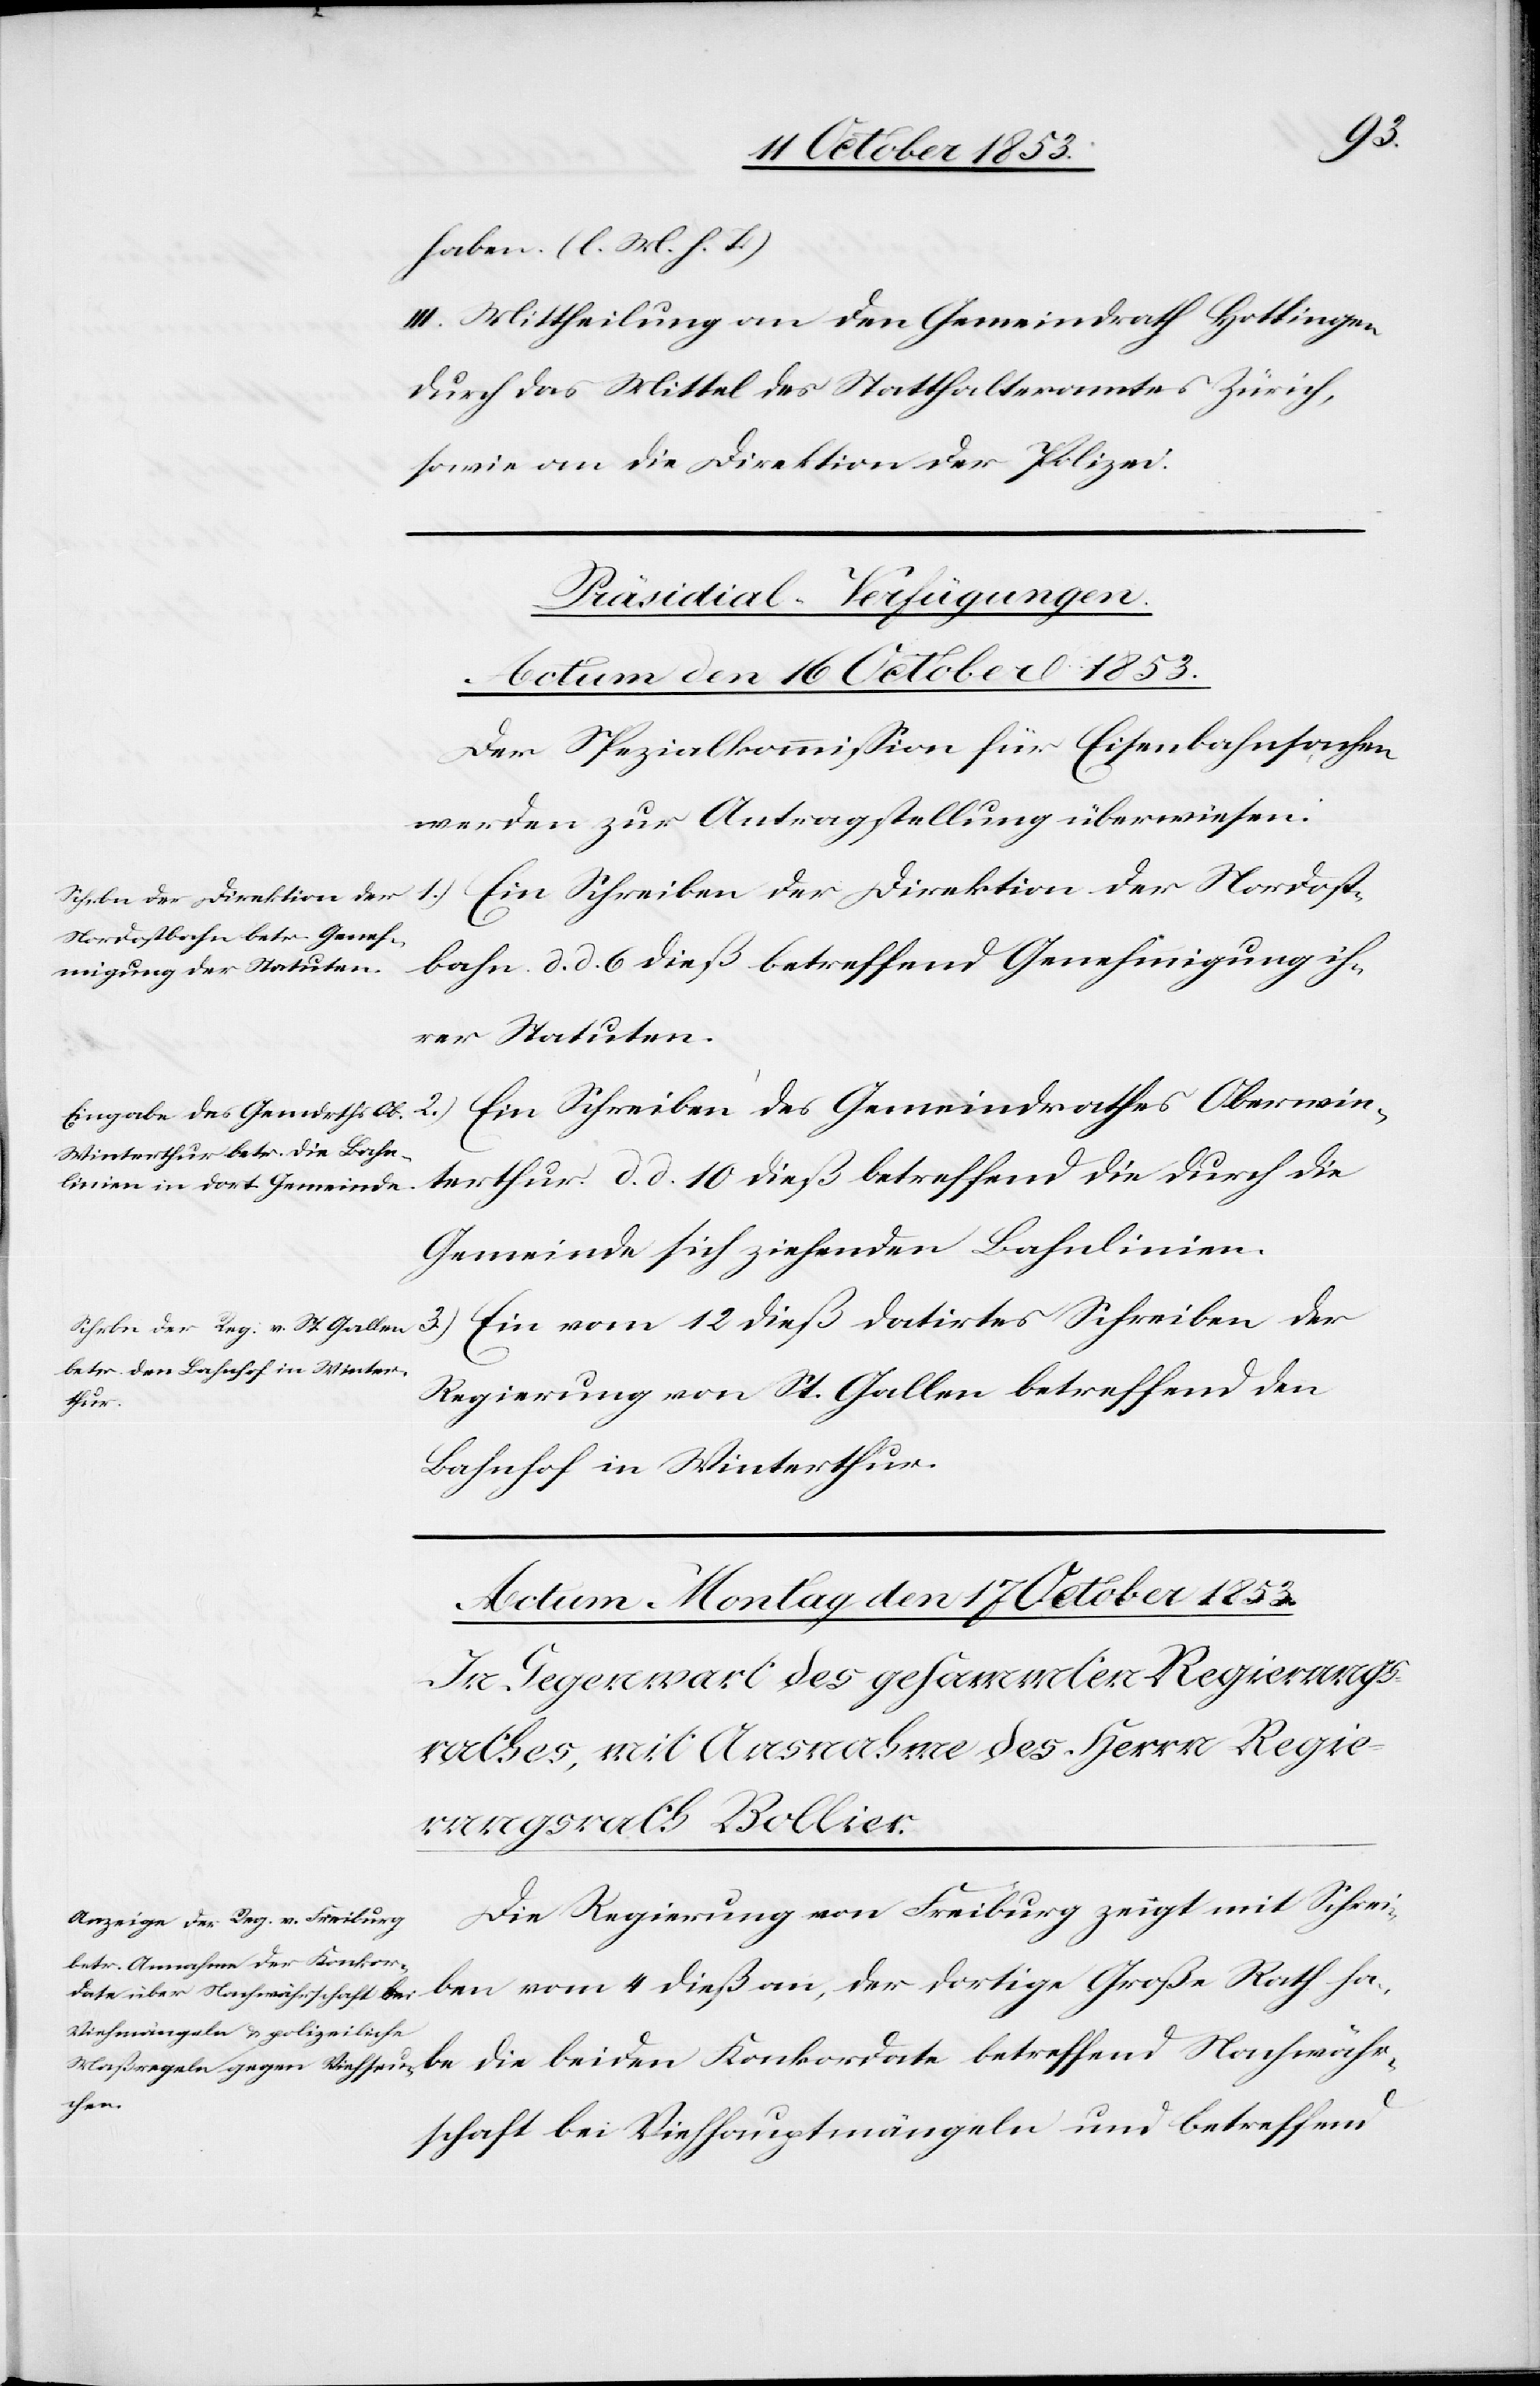
Na¬
haben. [l. M. h. T]
III. Mittheilung an den Gemeindrath Hottingen
durch das Mittel des Statthalteramtes Zürich,
sowie an die Direktion der Polizei.
[Präsidial-Verfügungen.
Actum den 16 October 1853.]
Der Spezialkommission für Eisenbahnsachen
werden zur Antragstellung überwiesen:
1.) Ein Schreiben der Direktion der Nordost¬
bahn d. d. 6 dieß betreffend Genehmigung ih¬
rer Statuten.
2.) Ein Schreiben des Gemeindrathes Oberwin¬
terthur d. d. 10 dieß betreffend die durch die
Gemeinde sich ziehenden Bahnlinien.
3.) Ein vom 12 dieß datirtes Schreiben der
Regierung von St. Gallen betreffend den
chwähr¬
Bahnhof in Winterthur.
Die Regierung von Freiburg zeigt mit Schrei¬
ben vom 4 dieß an, der dortige Große Rath habe
schaft bei Viehhauptmängeln und betreffend